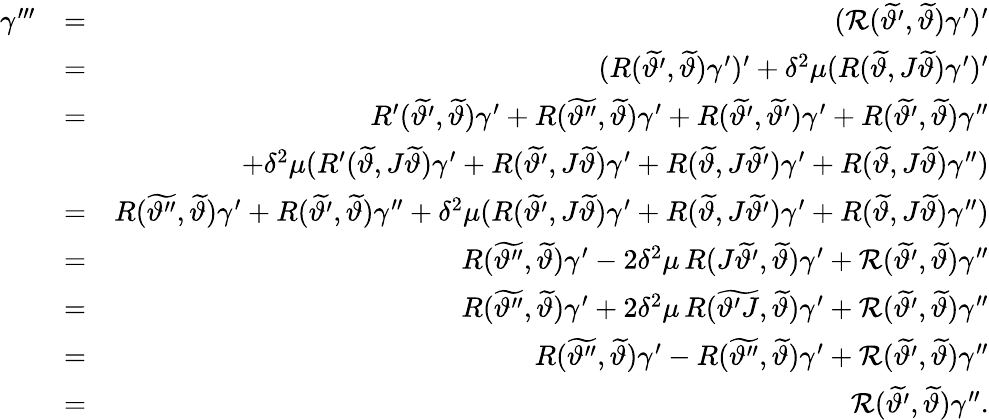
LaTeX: \begin{array}{rlr}{\gamma^{\prime\prime\prime}}&{=}&{(\mathcal{R}(\widetilde{\vartheta^{\prime}},\widetilde{\vartheta})\gamma^{\prime})^{\prime}}\\ &{=}&{(R(\widetilde{\vartheta^{\prime}},\widetilde{\vartheta})\gamma^{\prime})^{\prime}+\delta^{2}\mu(R(\widetilde{\vartheta},J\widetilde{\vartheta})\gamma^{\prime})^{\prime}}\\ &{=}&{R^{\prime}(\widetilde{\vartheta^{\prime}},\widetilde{\vartheta})\gamma^{\prime}+R(\widetilde{\vartheta^{\prime\prime}},\widetilde{\vartheta})\gamma^{\prime}+R(\widetilde{\vartheta^{\prime}},\widetilde{\vartheta^{\prime}})\gamma^{\prime}+R(\widetilde{\vartheta^{\prime}},\widetilde{\vartheta})\gamma^{\prime\prime}}\\ &{}&{+\delta^{2}\mu(R^{\prime}(\widetilde{\vartheta},J\widetilde{\vartheta})\gamma^{\prime}+R(\widetilde{\vartheta^{\prime}},J\widetilde{\vartheta})\gamma^{\prime}+R(\widetilde{\vartheta},J\widetilde{\vartheta^{\prime}})\gamma^{\prime}+R(\widetilde{\vartheta},J\widetilde{\vartheta})\gamma^{\prime\prime})}\\ &{=}&{R(\widetilde{\vartheta^{\prime\prime}},\widetilde{\vartheta})\gamma^{\prime}+R(\widetilde{\vartheta^{\prime}},\widetilde{\vartheta})\gamma^{\prime\prime}+\delta^{2}\mu(R(\widetilde{\vartheta^{\prime}},J\widetilde{\vartheta})\gamma^{\prime}+R(\widetilde{\vartheta},J\widetilde{\vartheta^{\prime}})\gamma^{\prime}+R(\widetilde{\vartheta},J\widetilde{\vartheta})\gamma^{\prime\prime})}\\ &{=}&{R(\widetilde{\vartheta^{\prime\prime}},\widetilde{\vartheta})\gamma^{\prime}-2\delta^{2}\mu\, R(J\widetilde{\vartheta^{\prime}},\widetilde{\vartheta})\gamma^{\prime}+\mathcal{R}(\widetilde{\vartheta^{\prime}},\widetilde{\vartheta})\gamma^{\prime\prime}}\\ &{=}&{R(\widetilde{\vartheta^{\prime\prime}},\widetilde{\vartheta})\gamma^{\prime}+2\delta^{2}\mu\, R(\widetilde{\vartheta^{\prime}J},\widetilde{\vartheta})\gamma^{\prime}+\mathcal{R}(\widetilde{\vartheta^{\prime}},\widetilde{\vartheta})\gamma^{\prime\prime}}\\ &{=}&{R(\widetilde{\vartheta^{\prime\prime}},\widetilde{\vartheta})\gamma^{\prime}-R(\widetilde{\vartheta^{\prime\prime}},\widetilde{\vartheta})\gamma^{\prime}+\mathcal{R}(\widetilde{\vartheta^{\prime}},\widetilde{\vartheta})\gamma^{\prime\prime}}\\ &{=}&{\mathcal{R}(\widetilde{\vartheta^{\prime}},\widetilde{\vartheta})\gamma^{\prime\prime}.}\end{array}